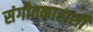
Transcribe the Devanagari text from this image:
संगीतकाराशी